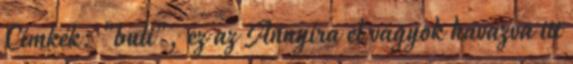
Címkék: "buli", ez az Annyira el vagyok havazva itt